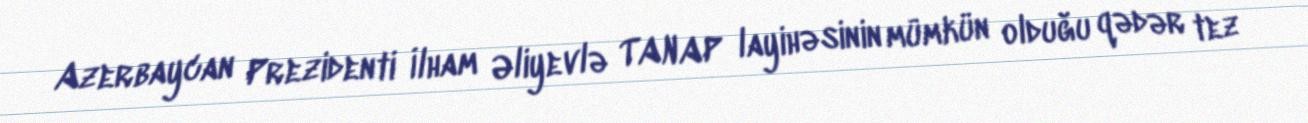
Azerbaycan Prezidenti İlham Əliyevlə TANAP layihəsinin mümkün olduğu qədər tez